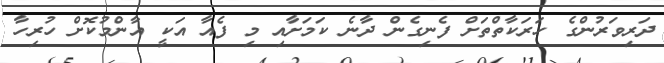
ދަރިވަރުންގެ ހަރަކާތްތަށް ފެނިގެން ދާނެ ކަމަށާއި މި ފެއާ އަކީ އާންމުކޮށް ހުރިހާ